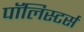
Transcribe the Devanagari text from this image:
पॉलिस्टर्स